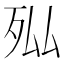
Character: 𭮄